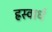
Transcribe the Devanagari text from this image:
ह्रस्वार्ध